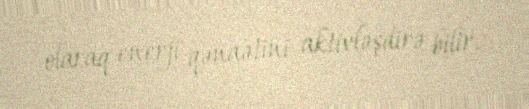
olaraq enerji qənaətini aktivləşdirə bilir.